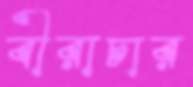
বীরাচার